Indian Medical Review
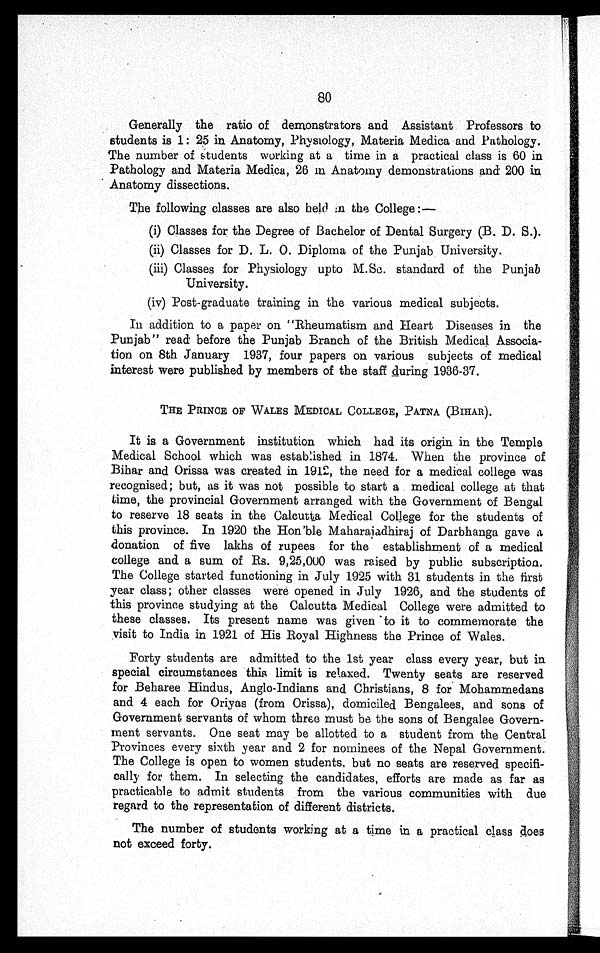
80
Generally the ratio of demonstrators and Assistant Professors to
students is 1: 25 in Anatomy, Physiology, Materia Medica and Pathology.
The number of students working at a time in a practical class is 60 in
Pathology and Materia Medica, 26 in Anatomy demonstrations and 200 in
Anatomy dissections.
The following classes are also held in the College :—
(i) Classes for the Degree of Bachelor of Dental Surgery (B. D. S.).
(ii) Classes for D. L. O . Diploma of the Punjab University.
(iii) Classes for Physiology upto M.Sc. standard of the Punjab
University.
(iv) Post-graduate training in the various medical subjects.
In addition to a paper on "Rheumatism and Heart Diseases in the
Punjab" read before the Punjab Branch of the British Medical Associa-
tion on 8th January 1937, four papers on various subjects of medical
interest were published by members of the staff during 1936-37.
THE PRINCE OF WALES MEDICAL COLLEGE, PATNA (BIHAR).
It is a Government institution which had its origin in the Temple
Medical School which was established in 1874. When the province of
Bihar and Orissa was created in 1912, the need for a medical college was
recognised; but, as it was not possible to start a medical college at that
time, the provincial Government arranged with the Government of Bengal
to reserve 18 seats in the Calcutta Medical College for the students of
this province. In 1920 the Hon'ble Maharajadhiraj of Darbhanga gave a
donation of five lakhs of rupees for the establishment of a medical
college and a sum of Rs. 9,25,000 was raised by public subscription.
The College started functioning in July 1925 with 31 students in the first
year class; other classes were opened in July 1926, and the students of
this province studying at the Calcutta Medical College were admitted to
these classes. Its present name was given to it to commemorate the
visit to India in 1921 of His Royal Highness the Prince of Wales.
Forty students are admitted to the 1st year class every year, but in
special circumstances this limit is relaxed. Twenty seats are reserved
for Beharee Hindus, Anglo-Indians and Christians, 8 for Mohammedans
and 4 each for Oriyas (from Orissa), domiciled Bengalees, and sons of
Government servants of whom three must be the sons of Bengalee Govern-
ment servants. One seat may be allotted to a student from the Central
Provinces every sixth year and 2 for nominees of the Nepal Government.
The College is open to women students, but no seats are reserved specifi-
cally for them. In selecting the candidates, efforts are made as far as
practicable to admit students from the various communities with due
regard to the representation of different districts.
The number of students working at a time in a practical class does
not exceed forty.